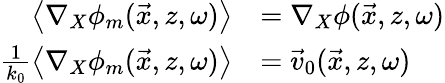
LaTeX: \begin{array}{rl}{\left\langle\nabla_{X}\phi_{m}(\vec{x},z,\omega)\right\rangle}&{=\nabla_{X}\phi(\vec{x},z,\omega)}\\ {\frac{1}{k_{0}}\left\langle\nabla_{X}\phi_{m}(\vec{x},z,\omega)\right\rangle}&{=\vec{v}_{0}(\vec{x},z,\omega)}\end{array}